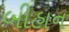
બીહાન